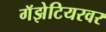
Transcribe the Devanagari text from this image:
गॅझेटियरवर